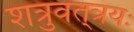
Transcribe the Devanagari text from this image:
शत्रुवत्‌त्रयः